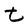
Character: t